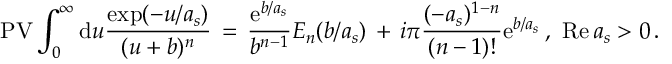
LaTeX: \mathrm { P V } \int _ { 0 } ^ { \infty } \mathrm { d } u { \frac { \exp ( - u / a _ { s } ) } { ( u + b ) ^ { n } } } \, = \, { \frac { \mathrm { e } ^ { b / a _ { s } } } { b ^ { n - 1 } } } E _ { n } ( b / a _ { s } ) \, + \, i \pi { \frac { ( - a _ { s } ) ^ { 1 - n } } { ( n - 1 ) ! } } \mathrm { e } ^ { b / a _ { s } } \, , \, \, \mathrm { R e } \, a _ { s } > 0 \, .